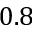
0 . 8